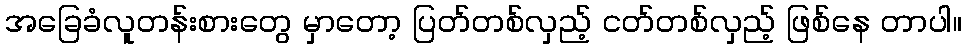
အခြေခံလူတန်းစားတွေ မှာတော့ ပြတ်တစ်လှည့် ငတ်တစ်လှည့် ဖြစ်နေ တာပါ။